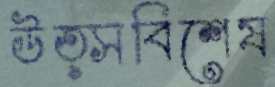
উত্সবিশেষ